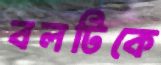
বলটিকে